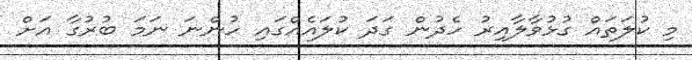
މި ކުލަތައް ގުޅުވާލާއިރު ހެދުން ގަދަ ކުލައެއްގައި ހުންނަ ނަމަ ބުރުގާ އަށް